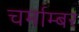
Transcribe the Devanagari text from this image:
चर्माम्बर